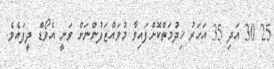
25 30 އަދި 35 އަހަރު ޚިދުމަތްކޮށްފައިވާ މުވައްޒަފުންނަށް ވަނީ އެވޯޑް ދީފައެވެ.